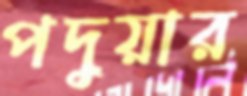
পদুয়ার